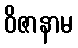
ဝိဇာနာမ